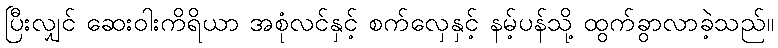
ပြီးလျှင် ဆေးဝါးကိရိယာ အစုံလင်နှင့် စက်လှေနှင့် နမ့်ပန်သို့ ထွက်ခွာလာခဲ့သည်။